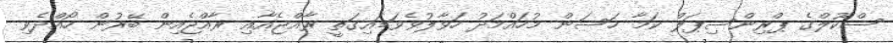
ސްކޫލްގެ ޕްރިންސިޕަލް ކަމާ ހަސަން މުހައްމަދު ހަވާލުވެވަޑައިގަތީ ރާއްޖެއާއި ރާއްޖެއިން ބޭރުން ހޯއްދެވި